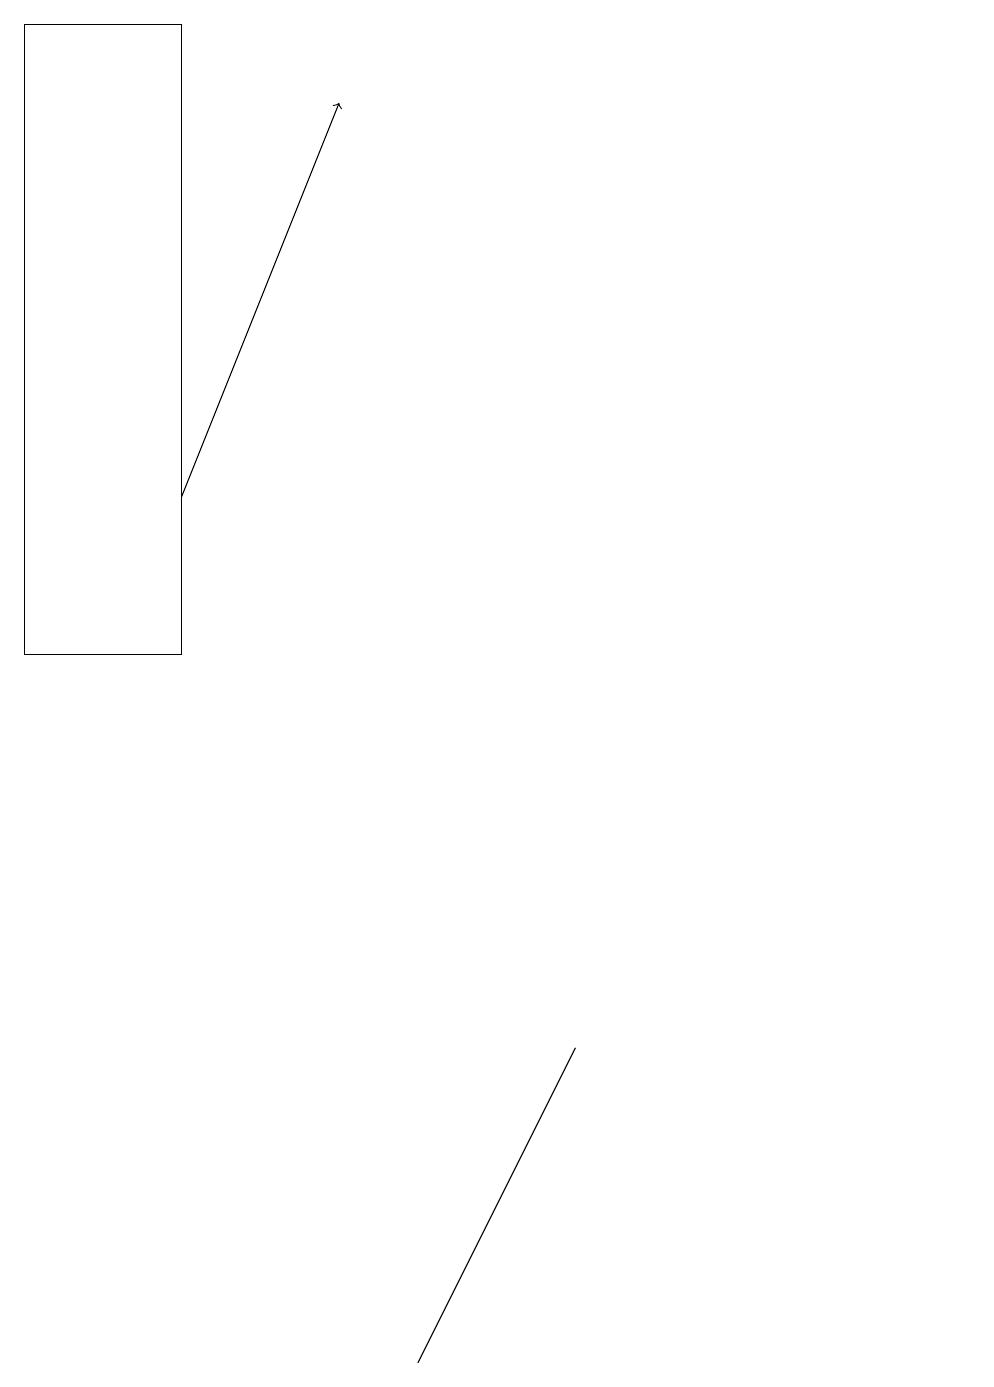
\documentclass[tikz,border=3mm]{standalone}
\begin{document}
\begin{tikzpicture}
\draw (12,10) circle (0);
\draw[->] (2,13) -- (4,18);
\draw (2,19) rectangle (0,11);
\draw (7,6) -- (5,2) -- (6,4) -- cycle;
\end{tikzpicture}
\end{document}